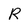
Character: R